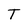
Character: T